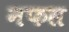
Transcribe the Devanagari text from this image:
नफस